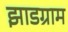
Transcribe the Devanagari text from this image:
झाडग्राम